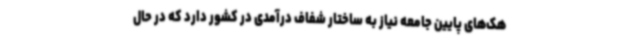
هک‌های پایین جامعه نیاز به ساختار شفاف درآمدی در کشور دارد که در حال